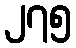
၂၇၅